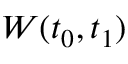
W ( t _ { 0 } , t _ { 1 } )